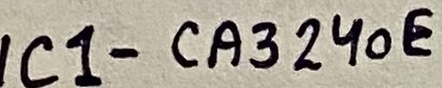
Text: IC1-CA324oE